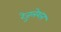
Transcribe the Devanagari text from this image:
रेजुलेशन